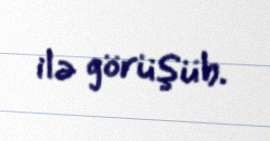
ilə görüşüb.